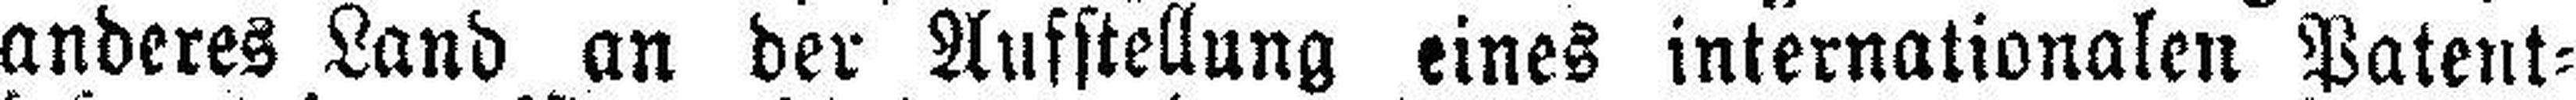
anderes Land an der Aufstellung eines internationalen Patent¬